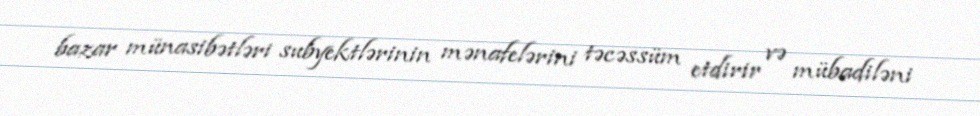
bazar münasibətləri subyektlərinin mənafelərini təcəssüm etdirir və mübadiləni